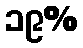
၁၉%